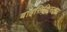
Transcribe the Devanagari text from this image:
बाइसिक्लिस्ट्स